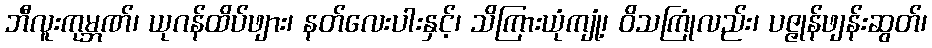
ဘီလူးကုမ္ဘဏ်၊ ယုဂန်ထိပ်ဖျား၊ နတ်လေးပါးနှင့်၊ သိကြားယုံကျုံ့၊ ဝိသကြုံလည်း၊ ပဇ္ဇုန်ဖျန်းဆွတ်၊